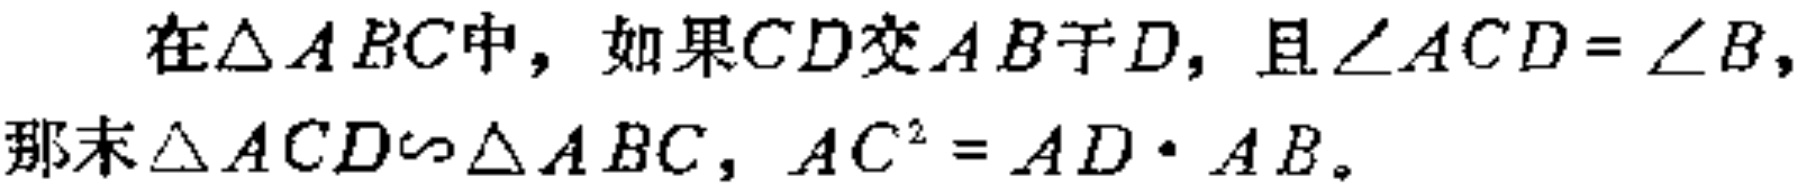
在$\triangle ABC$中，如果$CD$交$AB$于$D$，且$\angle ACD = \angle B$，那末$\triangle ACD\sim\triangle ABC$，$AC^{2} = AD\cdot AB$。